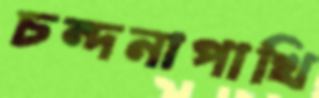
চন্দনাপাখি